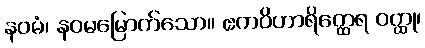
နဝမံ၊ နဝမမြောက်သော။ ဧကဝိဟာရိတ္ထေရ ဝတ္ထု၊